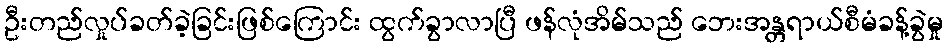
ဦးတည်လှုပ်ခတ်ခဲ့ခြင်းဖြစ်ကြောင်း ထွက်ခွာလာပြီ ဖန်လုံအိမ်သည် ဘေးအန္တရာယ်စီမံခန့်ခွဲမှု